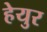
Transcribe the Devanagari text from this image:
हेयुर